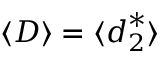
\langle \boldsymbol { D } \rangle = \langle \boldsymbol { d } _ { 2 } ^ { * } \rangle